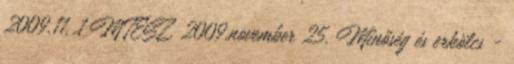
2009.11. 1 MTESZ, 2009.november 25. Minőség és erkölcs -